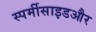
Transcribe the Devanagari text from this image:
स्पर्मीसाइडऔर